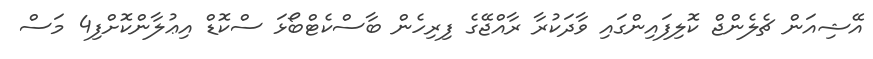
އޭޝިއަން ޗެލެންޖް ކޮލިފައިންގައި ވާދަކުރާ ރާއްޖޭގެ ފިރިހެން ބާސްކެޓްބޯޅަ ސްކޮޑް އިޢުލާންކޮށްފި4 މަސް